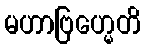
မဟာဗြဟ္မေတိ